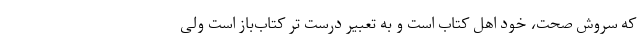
که سروش صحت، خود اهل کتاب است و به تعبیر درست تر کتاب‌باز است ولی